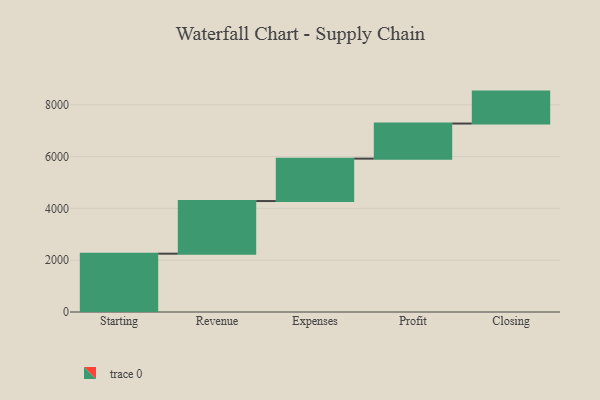
{"axis": {"x": "Step", "y": "Value"}, "legend": [""], "data": [{"x": "Starting", "y": 2252.0, "type": ""}, {"x": "Revenue", "y": 2032.0, "type": ""}, {"x": "Expenses", "y": 1637.0, "type": ""}, {"x": "Profit", "y": 1355.0, "type": ""}, {"x": "Closing", "y": 1233.0, "type": ""}]}